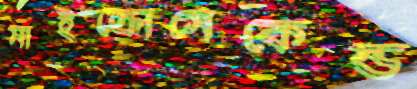
মাইক্রোসেকেন্ড